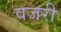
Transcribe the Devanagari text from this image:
वजरी